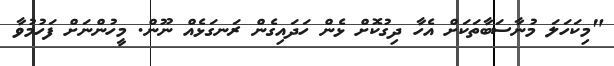
"މިކަހަލަ މުނާސަބާތަކަށްް އެހާ ދިގުކޮށް ޅެން ހަދައިގެން ރަނގަޅެއް ނޫން. މީހުންނަށް ފަހުމުވާ